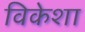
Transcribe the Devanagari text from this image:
विकेशा